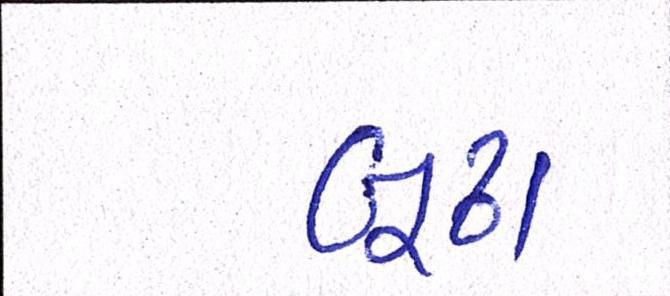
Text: બૂઢા